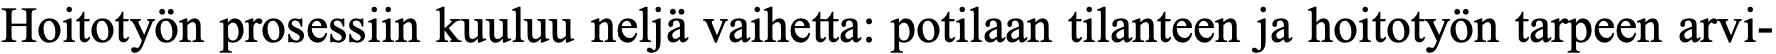
Hoitotyön prosessiin kuuluu neljä vaihetta: potilaan tilanteen ja hoitotyön tarpeen arvi-